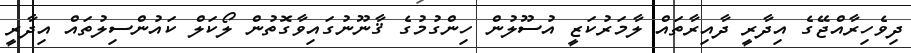
ދިވެހިރާއްޖޭގެ އިދާރީ ދާއިރާތައް ލާމަރުކަޒީ އުސޫލުން ހިންގުމުގެ ޤާނޫނުގައިވާގޮތުން ލޯކަލް ކައުންސިލުތައް އިދާރީ